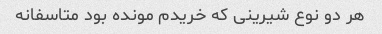
هر دو‌ نوع شیرینی که خریدم مونده بود متاسفانه